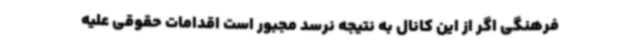
فرهنگی اگر از این کانال به نتیجه نرسد مجبور است اقدامات حقوقی علیه